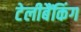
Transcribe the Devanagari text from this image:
टेलीबैंकिंग